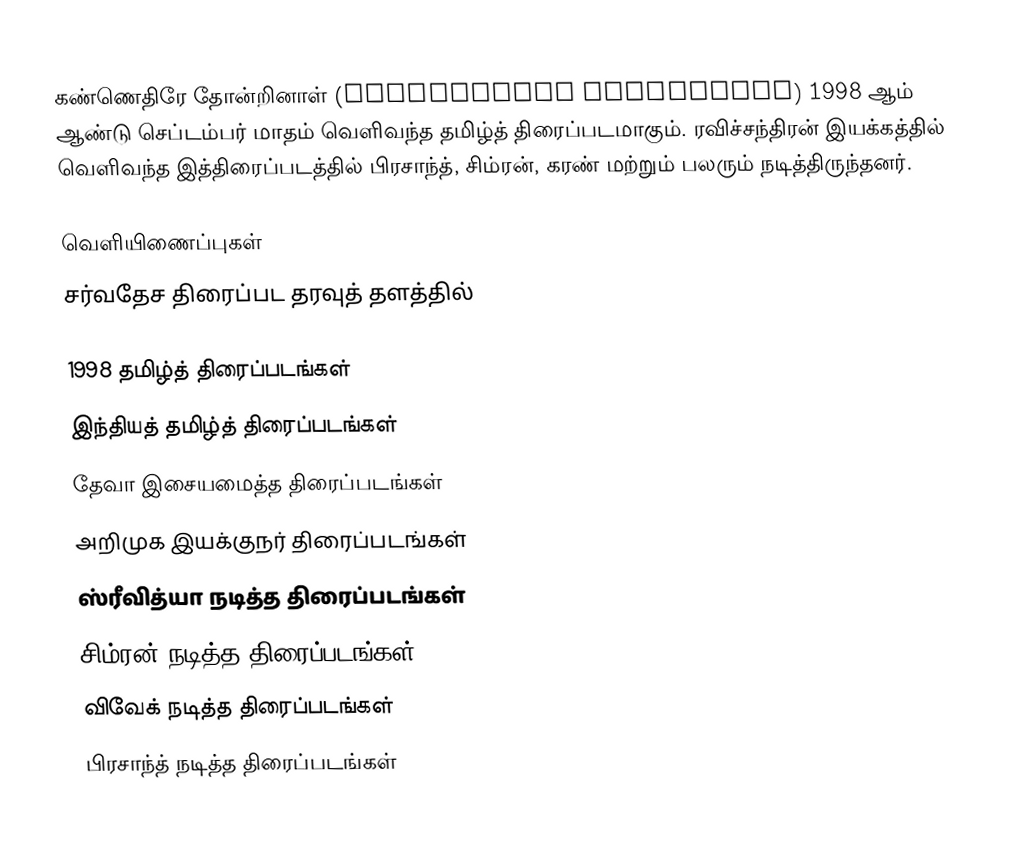
கண்ணெதிரே தோன்றினாள் (Kannedhirey Thondrinal) 1998 ஆம் ஆண்டு செப்டம்பர் மாதம் வெளிவந்த தமிழ்த் திரைப்படமாகும். ரவிச்சந்திரன் இயக்கத்தில் வெளிவந்த இத்திரைப்படத்தில் பிரசாந்த், சிம்ரன், கரண் மற்றும் பலரும் நடித்திருந்தனர்.

வெளியிணைப்புகள்
 சர்வதேச திரைப்பட தரவுத் தளத்தில்

1998 தமிழ்த் திரைப்படங்கள்
இந்தியத் தமிழ்த் திரைப்படங்கள்
தேவா இசையமைத்த திரைப்படங்கள்
அறிமுக இயக்குநர் திரைப்படங்கள்
ஸ்ரீவித்யா நடித்த திரைப்படங்கள்
சிம்ரன் நடித்த திரைப்படங்கள்
விவேக் நடித்த திரைப்படங்கள்
பிரசாந்த் நடித்த திரைப்படங்கள்